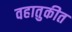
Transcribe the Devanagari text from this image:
वहातुकीत